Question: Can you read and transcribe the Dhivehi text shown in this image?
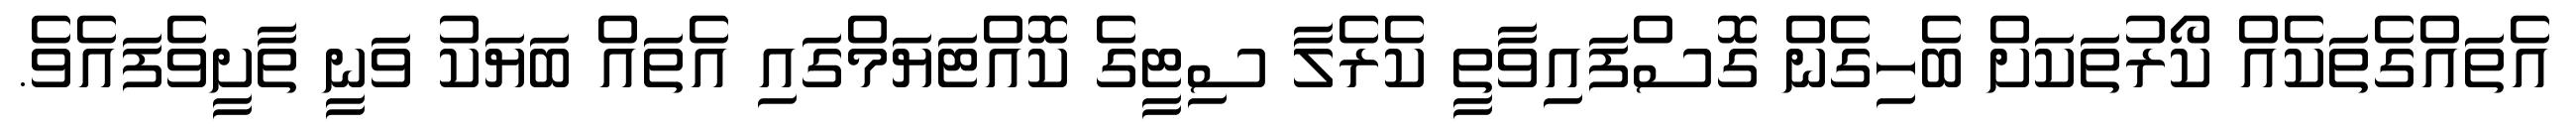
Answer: އެތައްގެތަކެއް ކޯރުތަކަށް ބެހިގެން ގޮސްފައިވާތީ ކެރެލާ ސިޓީގެ ކޮއްޓަޔަމްގައި އެތައް ބަޔަކު ވަނީ ތާށީވެފައެވެ.